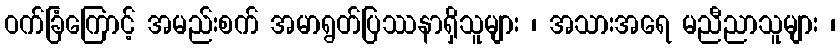
ဝက်ခြံကြောင့် အမည်းစက် အမာရွတ်ပြဿနာရှိသူများ ၊ အသားအရေ မညီညာသူများ ၊